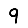
Digit: 9